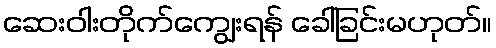
ဆေးဝါးတိုက်ကျွေးရန် ခေါ်ခြင်းမဟုတ်။